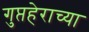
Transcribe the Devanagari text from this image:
गुप्तहेराच्या